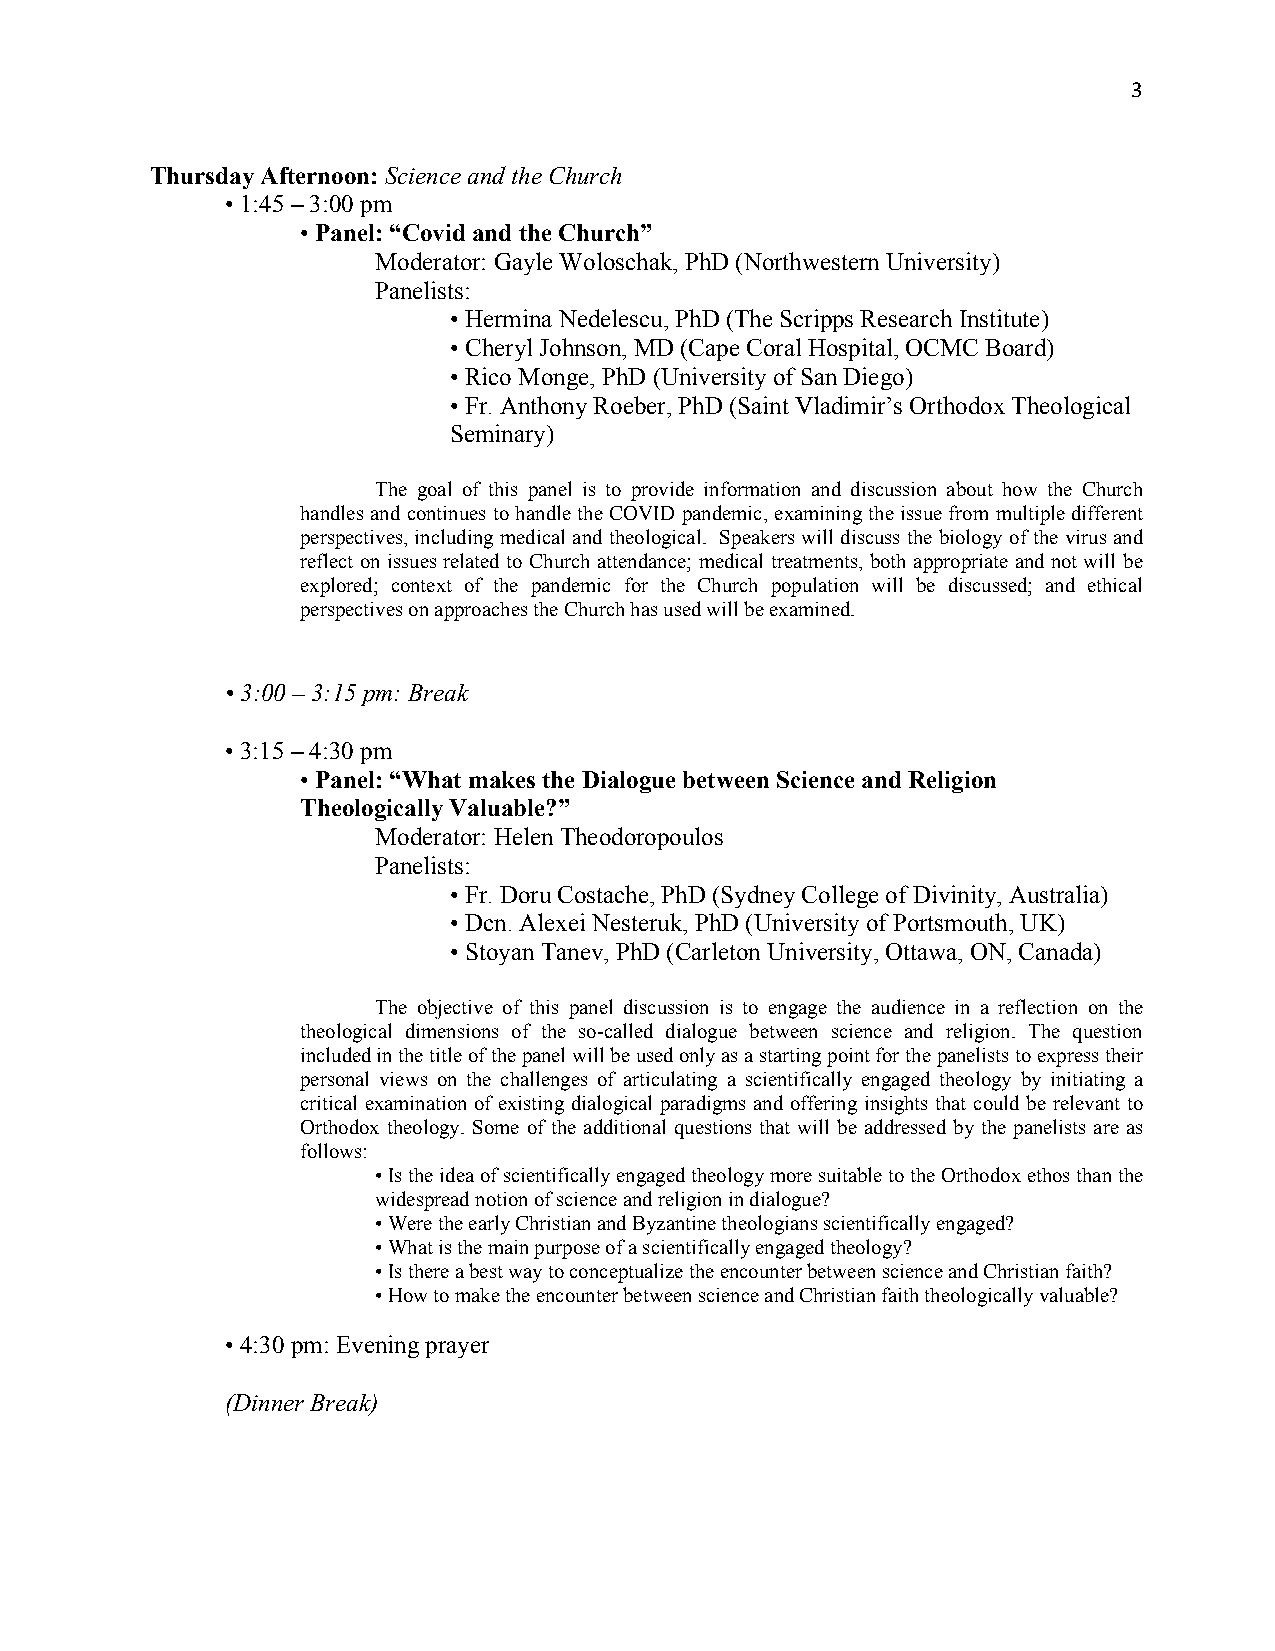
3
 Thursday Afternoon: Science and the Church
 • 1:45 – 3:00 pm
 • Panel: “Covid and the Church”
 Moderator: Gayle Woloschak, PhD (Northwestern University)
 Panelists:
 • Hermina Nedelescu, PhD (The Scripps Research Institute)
 • Cheryl Johnson, MD (Cape Coral Hospital, OCMC Board)
 • Rico Monge, PhD (University of San Diego)
 • Fr. Anthony Roeber, PhD (Saint Vladimir’s Orthodox Theological
 Seminary)
 The goal of this panel is to provide information and discussion about how the Church
 handles and continues to handle the COVID pandemic, examining the issue from multiple different
 perspectives, including medical and theological. Speakers will discuss the biology of the virus and
 reflect on issues related to Church attendance; medical treatments, both appropriate and not will be
 explored; context of the pandemic for the Church population will be discussed; and ethical
 perspectives on approaches the Church has used will be examined.
 • 3:00 – 3:15 pm: Break
 • 3:15 – 4:30 pm
 • Panel: “What makes the Dialogue between Science and Religion
 Theologically Valuable?”
 Moderator: Helen Theodoropoulos
 Panelists:
 • Fr. Doru Costache, PhD (Sydney College of Divinity, Australia)
 • Dcn. Alexei Nesteruk, PhD (University of Portsmouth, UK)
 • Stoyan Tanev, PhD (Carleton University, Ottawa, ON, Canada)
 The objective of this panel discussion is to engage the audience in a reflection on the
 theological dimensions of the so-called dialogue between science and religion. The question
 included in the title of the panel will be used only as a starting point for the panelists to express their
 personal views on the challenges of articulating a scientifically engaged theology by initiating a
 critical examination of existing dialogical paradigms and offering insights that could be relevant to
 Orthodox theology. Some of the additional questions that will be addressed by the panelists are as
 follows:
 • Is the idea of scientifically engaged theology more suitable to the Orthodox ethos than the
 widespread notion of science and religion in dialogue?
 • Were the early Christian and Byzantine theologians scientifically engaged?
 • What is the main purpose of a scientifically engaged theology?
 • Is there a best way to conceptualize the encounter between science and Christian faith?
 • How to make the encounter between science and Christian faith theologically valuable?
 • 4:30 pm: Evening prayer
 (Dinner Break)